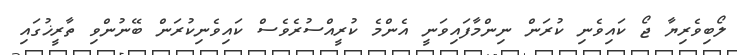
ލޯބިވެރިޔާ ޖޯ ކައިވެނި ކުރަން ނިންމާފައިވަނީ އެންމެ ކުރީއްސުރެވެސް ކައިވެނިކުރަން ބޭނުންވި ތާރީޚުގައި